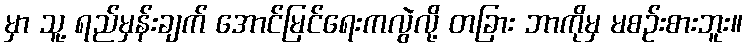
မှာ သူ့ ရည်မှန်းချက် အောင်မြင်ရေးကလွဲလို့ တခြား ဘာကိုမှ မစဉ်းစားဘူး။